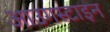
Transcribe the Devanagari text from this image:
आउगस्टाइन